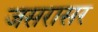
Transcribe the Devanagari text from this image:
जसरासर